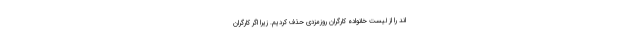
اند را از لیست خانواده کارگران روزمزدی حذف کردیم. زیرا اگر کارگران